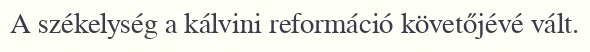
A székelység a kálvini reformáció követőjévé vált.